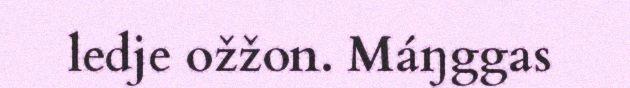
ledje ožžon. Máŋggas